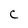
Character: C